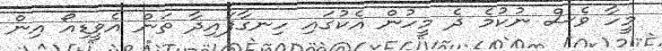
މީހާ ވެސް ނުކުމެ ދެ މީހުން އެކުގައި ހިނގާފައިދާ ތަން އެވީޑިއޯ އިން